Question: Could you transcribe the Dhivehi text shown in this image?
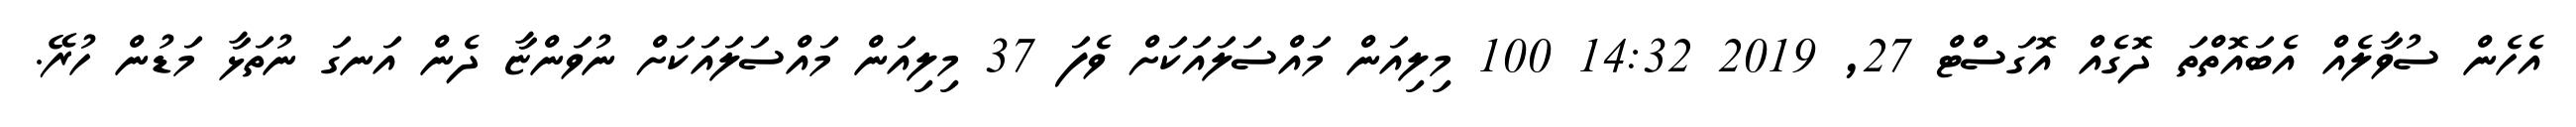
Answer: އެހެން ސުވާލެއް އެބައޮތްތަ ދޮގެއް އޮގަސްޓް 27, 2019 14:32 100 މިލިއަން މައްސަލައަކަށް ވެފަ 37 މިލިއަން މައްސަލައަކަށް ނުވަންޏާ ދެން އަނގަ ނުތަޅާ މަޑުން ހުރޭ.